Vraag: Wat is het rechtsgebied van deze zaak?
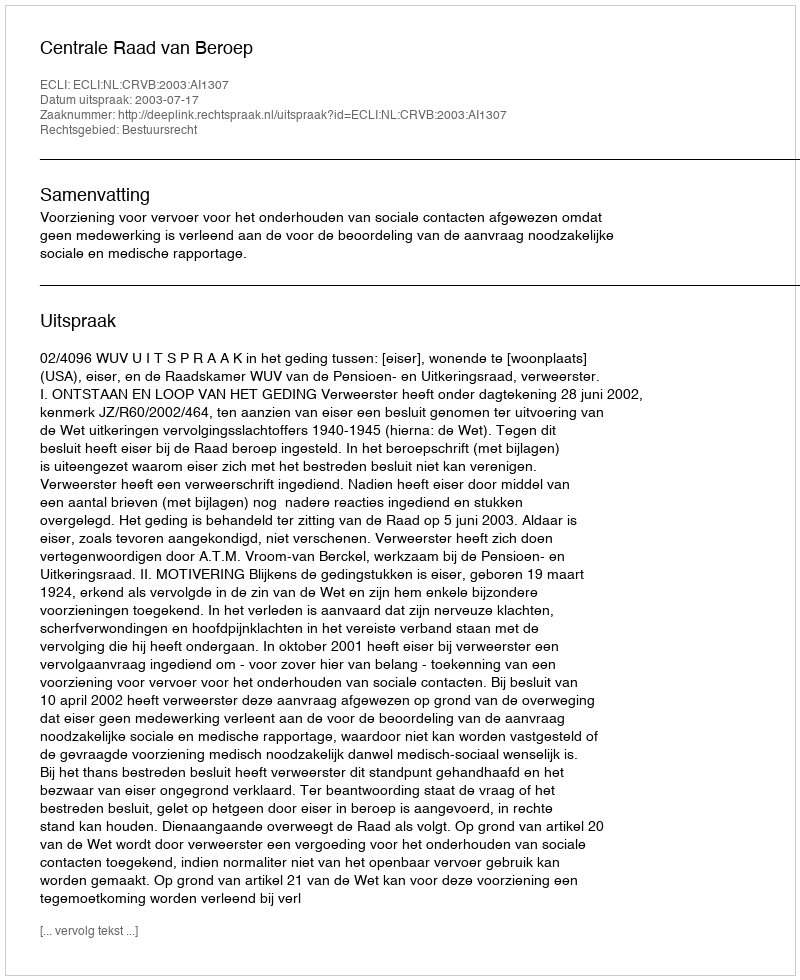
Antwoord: Bestuursrecht